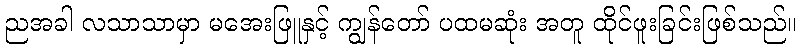
ညအခါ လသာသာမှာ မအေးဖြူနှင့် ကျွန်တော် ပထမဆုံး အတူ ထိုင်ဖူးခြင်းဖြစ်သည်။